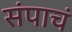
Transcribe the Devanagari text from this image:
संपाचं